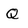
Character: Q